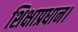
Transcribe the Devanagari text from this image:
शिक्षाप्रधान।